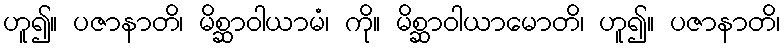
ဟူ၍။ ပဇာနာတိ၊ မိစ္ဆာဝါယာမံ၊ ကို။ မိစ္ဆာဝါယာမောတိ၊ ဟူ၍။ ပဇာနာတိ၊